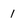
Character: 1